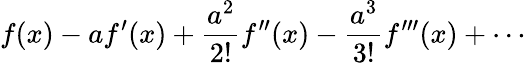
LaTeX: f(x)-af^{\prime}(x)+{\frac{a^{2}}{2!}}f^{\prime\prime}(x)-{\frac{a^{3}}{3!}}f^{\prime\prime\prime}(x)+\cdots